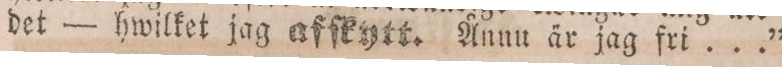
det — hwilket jag affkytt. Ånnu är jag fri ...”